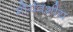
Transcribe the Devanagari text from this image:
मौर्यवंशीय